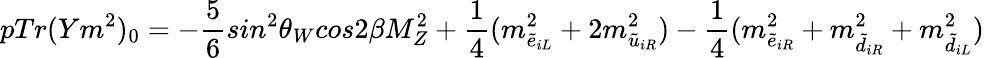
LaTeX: pTr(Ym^{2})_{0}=-\frac{5}{6}sin^{2}\theta_{W}cos2\beta M_{Z}^{2}+\frac{1}{4}(m_{\tilde{e}_{iL}}^{2}+2m_{\tilde{u}_{iR}}^{2})-\frac{1}{4}(m_{\tilde{e}_{iR}}^{2}+m_{\tilde{d}_{iR}}^{2}+m_{\tilde{d}_{iL}}^{2})